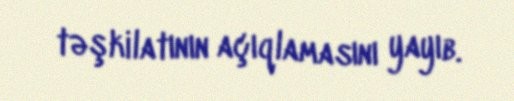
təşkilatının açıqlamasını yayıb.